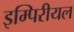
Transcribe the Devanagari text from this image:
इम्पिरीयल